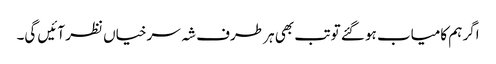
اگر ہم کامیاب ہو گئے تو تب بھی ہر طرف شہ سرخیاں نظر آئیں گی۔